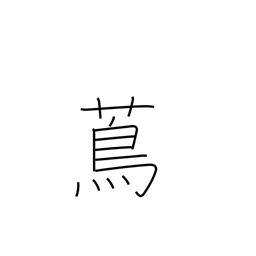
Meaning: vine